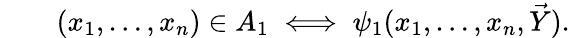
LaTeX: \begin{array}{rl}{\quad}&{{}(x_{1},\ldots,x_{n})\in A_{1}\iff\psi_{1}(x_{1},\ldots,x_{n},{\vec{Y}}).}\end{array}